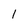
Character: I